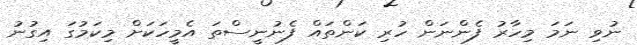
ނުވި ނަމަ މިހާރު ފެންނަން ހުރި ކަންތައް ފެނުނީސްތަ އެމީހަކަށް މިކަމުގަ އިގުނު